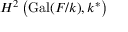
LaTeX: H ^ { 2 } \left( \operatorname { G a l } ( F / k ) , k ^ { * } \right)